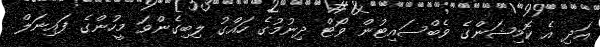
އަދި އެ ކޮމިޝަންގެ ވެބްސައިޓުން ވޯޓް ދިނުމުގެ ހައްގު ލިބިގެންވަ މީހުންގެ ފައިނަލް